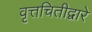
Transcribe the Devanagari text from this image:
वृत्तचितीद्वारे